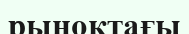
рыноктағы